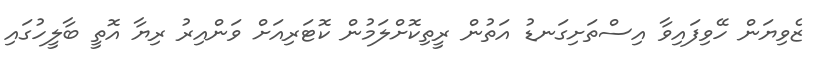
ޒެވިޔަން ހޭވިފައިވާ އިސްތަށިގަނޑު އަތުން ރީތިކޮށްލަމުން ކޮޓަރިއަށް ވަންއިރު ރިޔާ އޮތީ ބާލީހުގައި